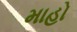
માહો